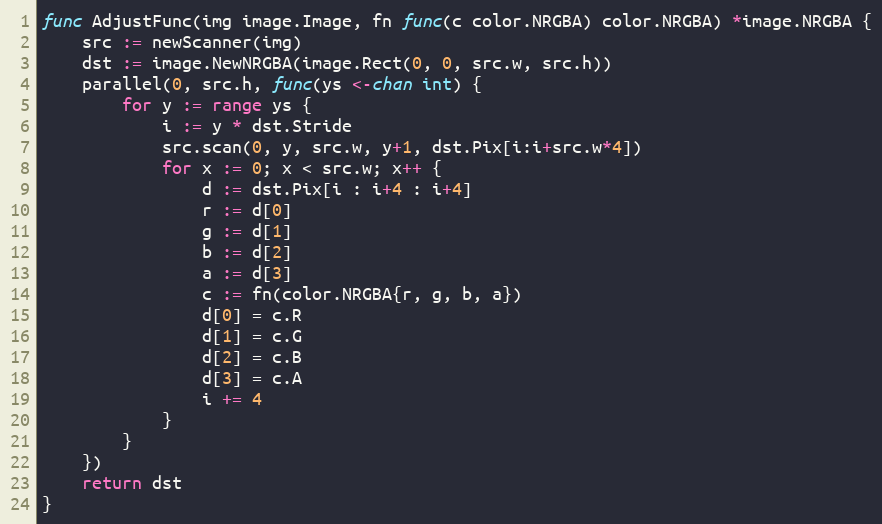
Language: Go
func AdjustFunc(img image.Image, fn func(c color.NRGBA) color.NRGBA) *image.NRGBA {
	src := newScanner(img)
	dst := image.NewNRGBA(image.Rect(0, 0, src.w, src.h))
	parallel(0, src.h, func(ys <-chan int) {
		for y := range ys {
			i := y * dst.Stride
			src.scan(0, y, src.w, y+1, dst.Pix[i:i+src.w*4])
			for x := 0; x < src.w; x++ {
				d := dst.Pix[i : i+4 : i+4]
				r := d[0]
				g := d[1]
				b := d[2]
				a := d[3]
				c := fn(color.NRGBA{r, g, b, a})
				d[0] = c.R
				d[1] = c.G
				d[2] = c.B
				d[3] = c.A
				i += 4
			}
		}
	})
	return dst
}